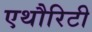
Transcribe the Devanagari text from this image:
एथौरिटी